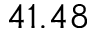
4 1 . 4 8